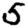
Digit: 5